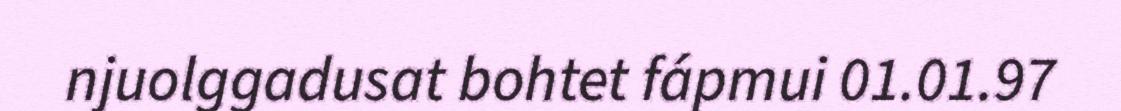
njuolggadusat bohtet fápmui 01.01.97